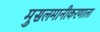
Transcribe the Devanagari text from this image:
मुसलमानीकरणाला